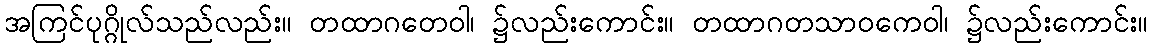
အကြင်ပုဂ္ဂိုလ်သည်လည်း။ တထာဂတေဝါ၊ ၌လည်းကောင်း။ တထာဂတသာဝကေဝါ၊ ၌လည်းကောင်း။